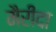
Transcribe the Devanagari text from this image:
मैरीदा